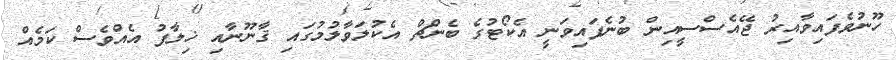
ހޫނުވެފައިވާއިރު ޖޭއެސްސީއިން ބުނެފައިވަނީ އެކޯޓުގެ ބެންޗް އެކުލަވާލުމުގައި ޤާނޫނާއި ޚިލާފު އެއްވެސް ކަމެއް